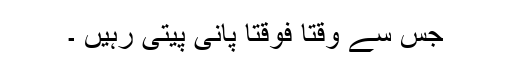
جس سے وقتاً فوقتاً پانی پیتی رہیں ۔